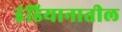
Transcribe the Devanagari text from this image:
इंडियानातील